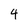
Character: 4